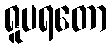
ရူပရတော